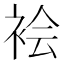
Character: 𫋻